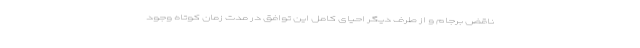
ناقض برجام و از طرف دیگر احیای کامل این توافق در مدت زمان کوتاه وجود